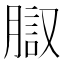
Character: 𰴱